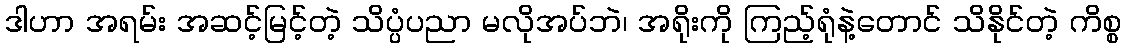
ဒါဟာ အရမ်း အဆင့်မြင့်တဲ့ သိပ္ပံပညာ မလိုအပ်ဘဲ၊ အရိုးကို ကြည့်ရုံနဲ့တောင် သိနိုင်တဲ့ ကိစ္စ